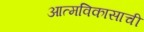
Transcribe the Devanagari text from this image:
आत्मविकासाची